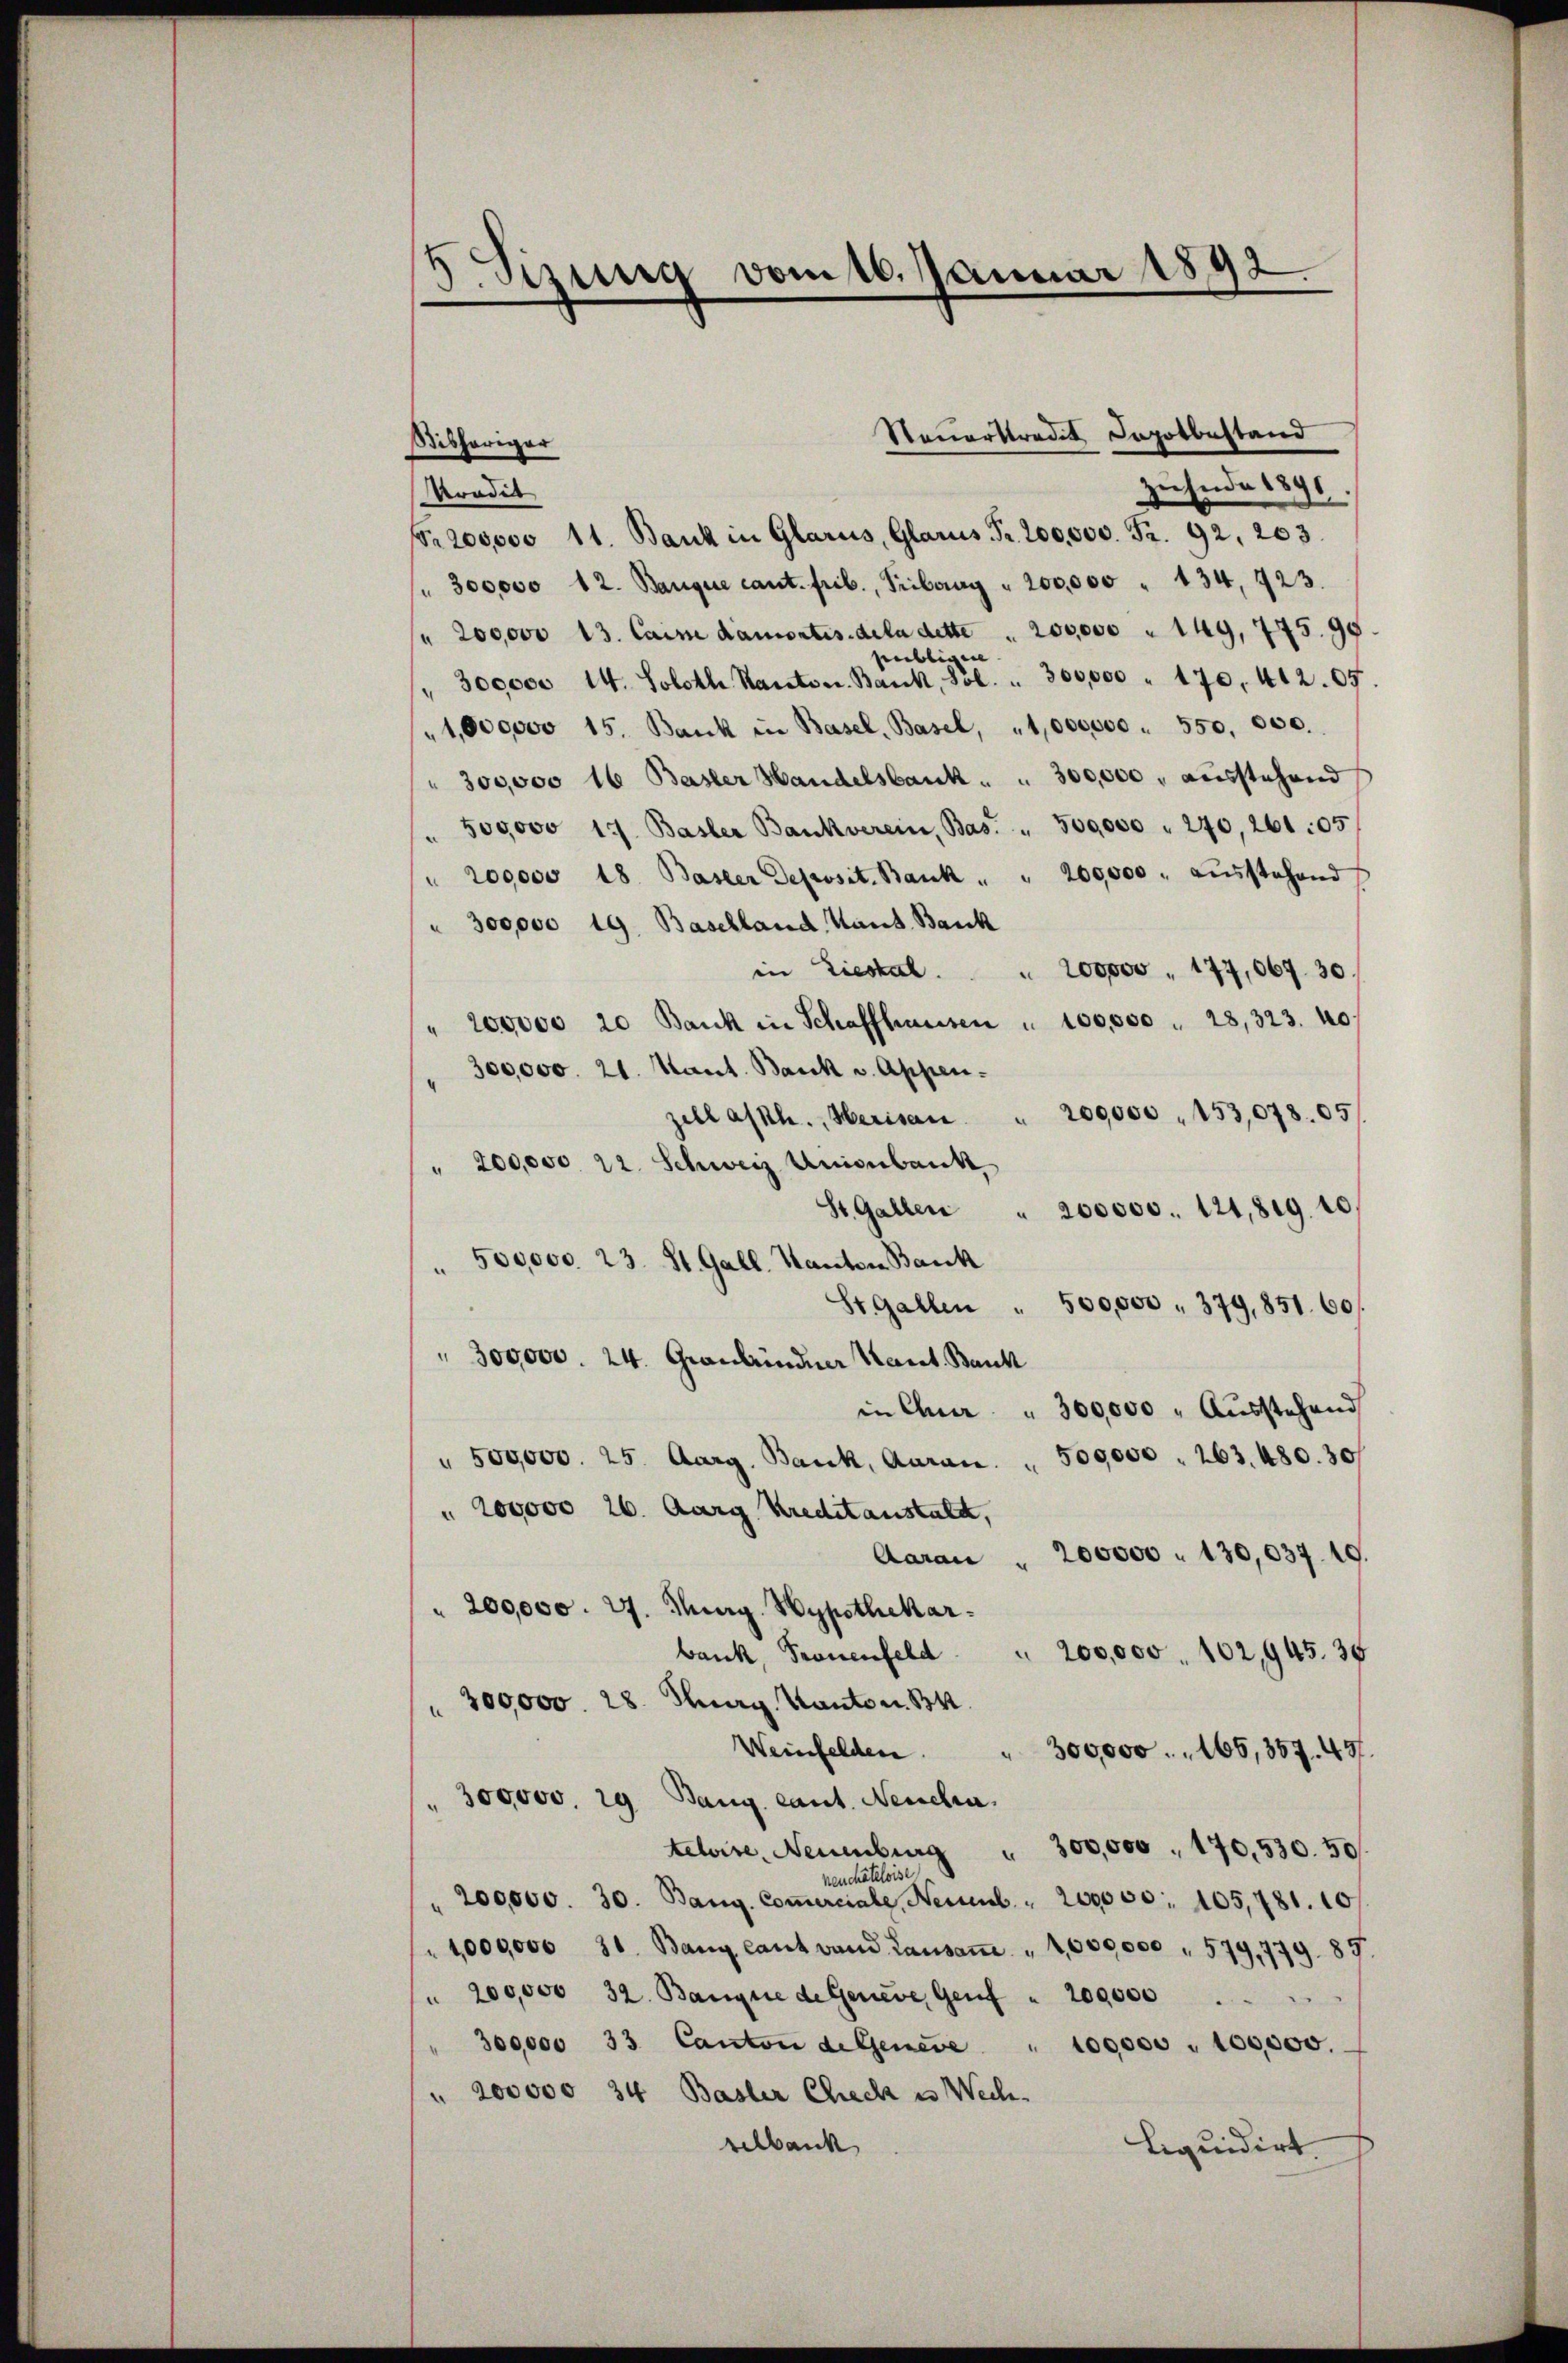
E
Setzung vom 16. Januar 1892.

Sibhöriger
zuende 1896
Pondit
Nr. 200,000 11. Bank in Glarus, Glarus Fr. 200,000. Fr. 92. 203.
 300000 12. Banque cant. Frib., Tribung " 200,000 " 134, 423.
" 200000 13. Caine damortis de la dette . 200,000 " 149, 775. 95
sebligen. |
" 300000 14. Soloth Kanton. Bank, Sol. " 300,000 " 170. 412. 05
"1,000000 15. Bank in Basel, Basel, "1,000000 " 550. 000.
" 300,000 16 Basler Handelsbank . . 300,000, ausstehend
500000 17. Basler Bankverein, Bas. " 500000 " 240, 261:05
" 200000 18. Basler Deposit. Bank " " 200,000. aŭsstehend
" 300,000 19. Baschland Hand. Bank
in Liestal.
200000 " 177,067. 30.
" 200000 20 Bank in Schaffhausen " 100,000 " 28,323. 40
300,000. 21. Mant. Bank v. Appen-
200,000 " 153,078. 05
zell alth., Herisau.
" 200,000. 22. Schweiz Unionbank,
St. Gallen
200000. 121,819. 10
" 500000. 23. St. Gall. Kanton Bank
St. Gallen " 500,000 " 379, 851. 60.
" 300000. 24. Grondindner Kant. Bauk
in Chur " 300,000 " Aŭsstehend
" 500,000. 25. Aarg. Bank, Aaran. 500,000 . 263. 480. 30
" 200000 26. Aarg Kreditanstalt,
Aarau " 200000 " 130,037. 19.
" 200,000. 27. Murg. Wypothekar
bank, Frauenfeld. " 200,000. 102, 945. 35
" 300,000. 28. Thurg. Kanton. B
Weinfelden. " 300,000 . " 166, 357. 437.
" 300,000. 29 Bang cant. Neucha
teleise, Neuenburg " 300,000, 170,530. 50.
reuchâteloise
" 200,000. 30. Bang. Coṁerciale, Neues " 200000 : 105, 781. 101.
1,000,000 31. Bang laut wand Lausaṁ " 4,000,000 " 579,779. 89.
" 200,000 32. Banque de Genere Genf " 200,000
300,000 33 Canton de Geneve " 100,000 " 100,000.
" 200000 34 Basler Check es Wech
velbank
Liquidirt.

Steuerstradik Dapotbestand